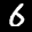
Label: 6